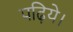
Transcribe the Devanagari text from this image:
पढ़िये।